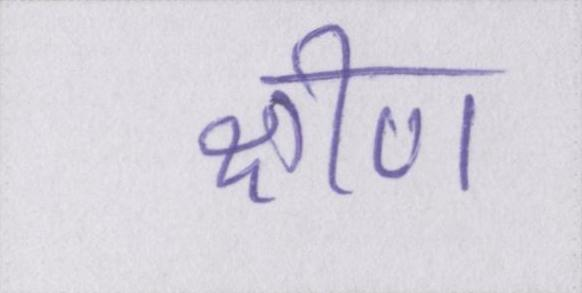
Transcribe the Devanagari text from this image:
क्षीण